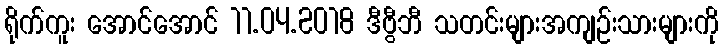
ရိုက်ကူး အောင်အောင် 11.04.2018 ဒီဗွီဘီ သတင်းများအကျဉ်းသားများကို